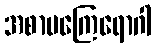
အစာမကြေရောဂါ